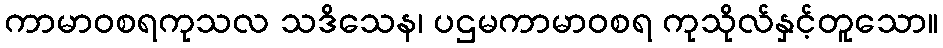
ကာမာဝစရကုသလ သဒိသေန၊ ပဌမကာမာဝစရ ကုသိုလ်နှင့်တူသော။